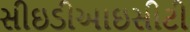
સીઇડીઆઇસીટી